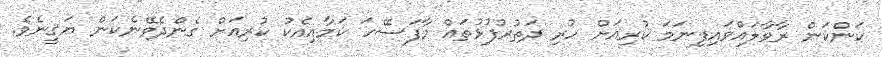
ކަންކަން ރާވާލައްވައިފިނަމަ ކުރިއަށް ހުރި ދަތުރުފުޅުތައް މާފަސޭހަ ކަމާއިއެކު ކުރިއަށް ގެންދެވޭނެކަން ޔަޤީނެވެ.